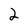
Character: 2